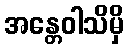
အန္တေဝါသိမှိ